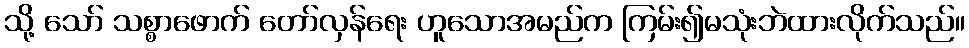
သို့ သော် သစ္စာဖောက် တော်လှန်ရေး ဟူသောအမည်က ကြမ်း၍မသုံးဘဲထားလိုက်သည်။